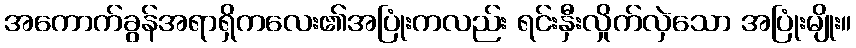
အကောက်ခွန်အရာရှိကလေး၏အပြုံးကလည်း ရင်းနှီးလှိုက်လှဲသော အပြုံးမျိုး။